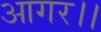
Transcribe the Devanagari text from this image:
आगर।।